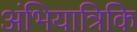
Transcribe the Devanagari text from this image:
अंभियात्रिकि